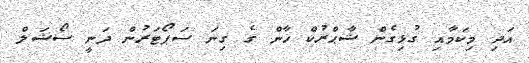
އަދި މިކަމާއި ގުޅިގެން ޝާޙްރުކް ޚާން ގެ ގިނަ ސަޕޯޓަރުން ދަނީ ސޯޝަލް